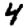
Digit: 4